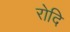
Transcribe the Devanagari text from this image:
रोदि